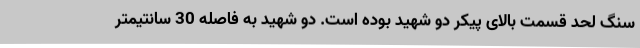
سنگ لحد قسمت بالای پیکر دو شهید بوده است. دو شهید به فاصله 30 سانتیمتر